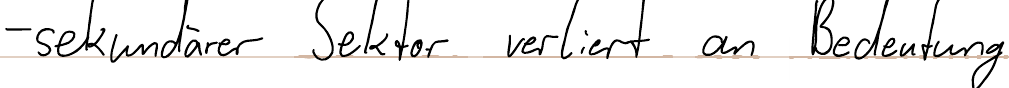
- sekundärer Sektor verliert an Bedeutung